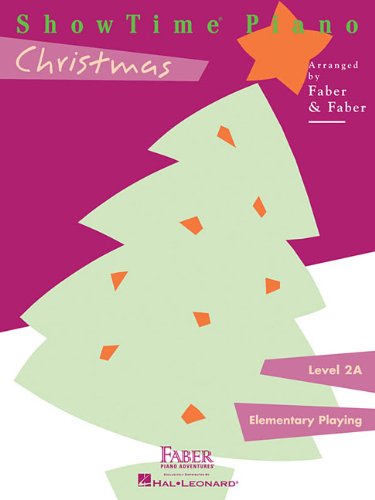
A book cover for ShowTime Christmas: Level 2A (Showtime Piano, Level 2a: Elementary Playing); Nancy Faber; Humor & Entertainment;